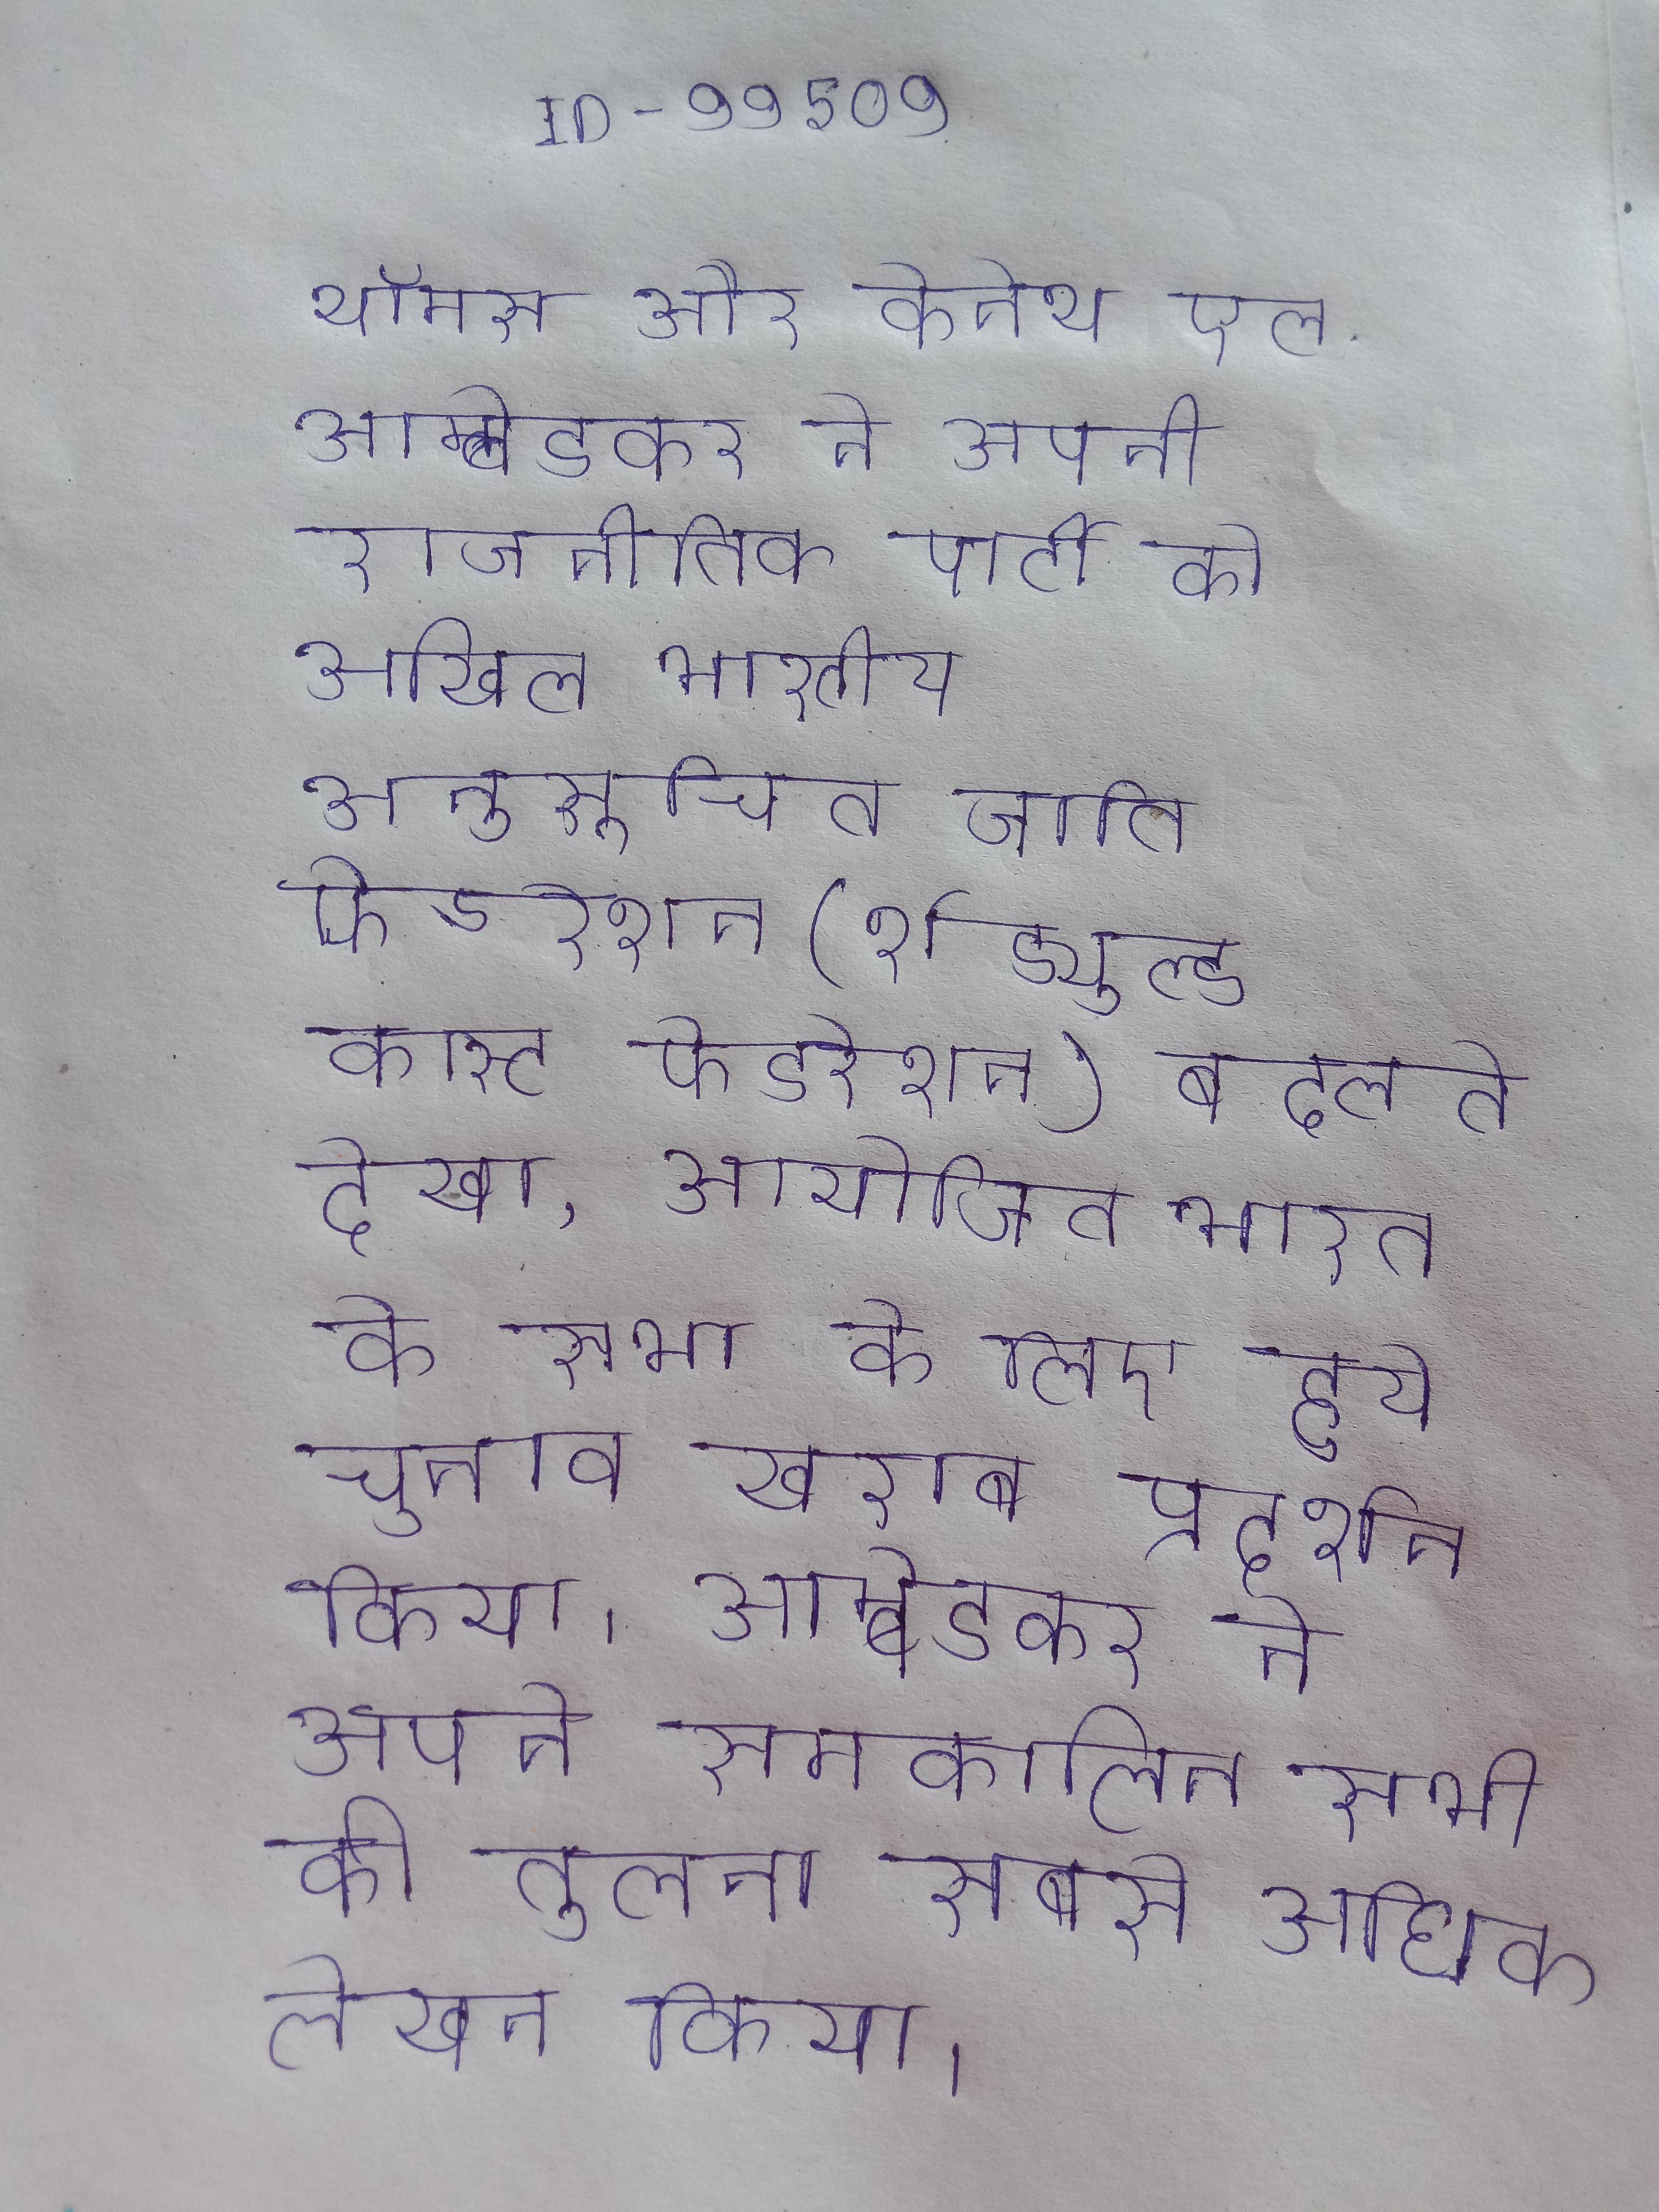
थॉमस और केनेथ एल . आम्बेडकर ने अपनी राजनीतिक पार्टी को अखिल भारतीय अनुसूचित जाति फेडरेशन (शेड्युल्ड कास्ट फेडरेशन) बदलते देखा, आयोजित भारत के सभा के लिए हुये चुनाव खराब प्रदर्शन किया । आम्बेडकर ने अपने समकालिन सभी की तुलना सबसे अधिक लेखन किया ।